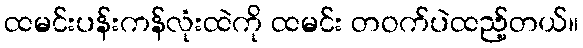
ထမင်းပန်းကန်လုံးထဲကို ထမင်း တဝက်ပဲထည့်တယ်။